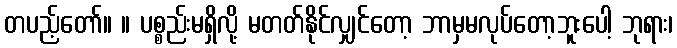
တပည့်တော်။ ။ ပစ္စည်းမရှိလို့ မတတ်နိုင်လျှင်တော့ ဘာမှမလုပ်တော့ဘူးပေါ့ ဘုရား၊